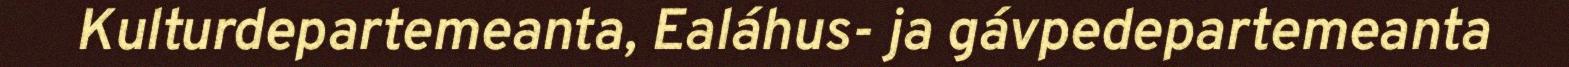
Kulturdepartemeanta, Ealáhus- ja gávpedepartemeanta